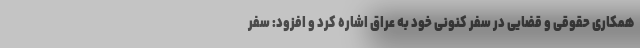
همکاری حقوقی و قضایی در سفر کنونی خود به عراق اشاره کرد و افزود: سفر